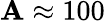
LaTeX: \mathbf{A}\approx100